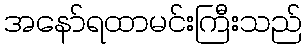
အနော်ရထာမင်းကြီးသည်